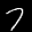
Label: 7